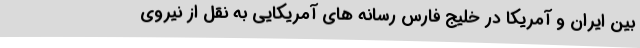
بین ایران و آمریکا در خلیج فارس رسانه های آمریکایی به نقل از نیروی